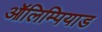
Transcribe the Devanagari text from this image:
ऑलिम्पियाड